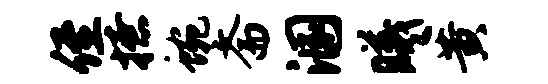
侄撩蜿斋溷曦黄